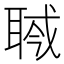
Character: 𦖎